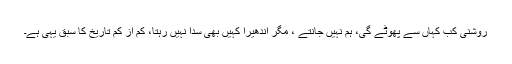
روشنی کب کہاں سے پھوٹے گی، ہم نہیں جانتے ، مگر اندھیرا کہیں بھی سدا نہیں رہتا، کم از کم تاریخ کا سبق یہی ہے۔